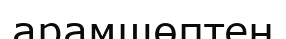
арамшөптен